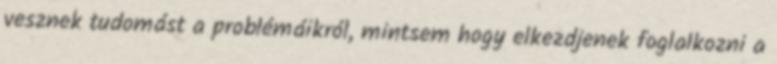
vesznek tudomást a problémáikról, mintsem hogy elkezdjenek foglalkozni a